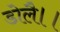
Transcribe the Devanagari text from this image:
डोलै।।